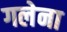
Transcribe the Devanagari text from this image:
गलेना